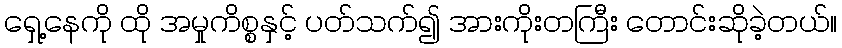
ရှေ့နေကို ထို အမှုကိစ္စနှင့် ပတ်သက်၍ အားကိုးတကြီး တောင်းဆိုခဲ့တယ်။